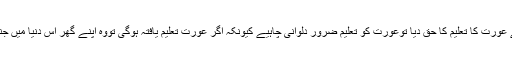
جہاں اسلام نے عورت کا تعلیم کا حق دیا توعورت کو تعلیم ضرور دلوانی چاہیے کیونکہ اگر عورت تعلیم یافتہ ہوگی تووہ اپنے گھر اس دنیا میں جنت بنا دے گی۔